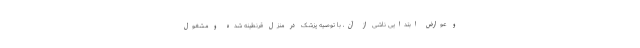
و عوارض ابتدایی ناشی از آن، با توصیه پزشک در منزل قرنطینه شده و مشغول